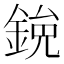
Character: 𫒯